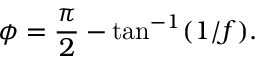
{ \cal \phi } = \frac { \pi } { 2 } - \tan ^ { - 1 } ( 1 / f ) .